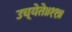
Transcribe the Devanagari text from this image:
उच्येते॥११॥